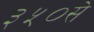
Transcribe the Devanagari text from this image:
३५०से